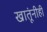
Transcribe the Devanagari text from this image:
खातूंनीही